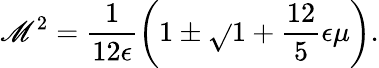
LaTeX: \mathscr{M}^{2}=\frac{{1}}{{12\epsilon}}\biggl(1\pm\sqrt{}{{1+\frac{{12}}{{5}}\epsilon\mu}}\biggr).